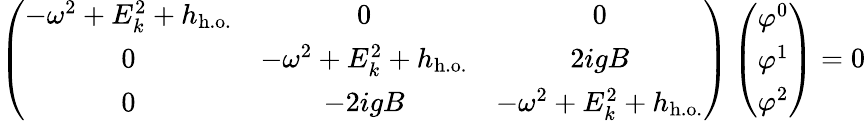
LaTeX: \left(\begin{array}{ccc}{{-\omega^{2}+E_{k}^{2}+h_{\mathrm{h.o.}}}}&{{0}}&{{0}}\\ {{0}}&{{-\omega^{2}+E_{k}^{2}+h_{\mathrm{h.o.}}}}&{{2igB}}\\ {{0}}&{{-2igB}}&{{-\omega^{2}+E_{k}^{2}+h_{\mathrm{h.o.}}}}\end{array}\right)\left(\begin{array}{c}{{\varphi^{0}}}\\ {{\varphi^{1}}}\\ {{\varphi^{2}}}\end{array}\right)=0